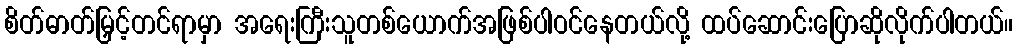
စိတ်ဓာတ်မြှင့်တင်ရာမှာ အရေးကြီးသူတစ်ယောက်အဖြစ်ပါဝင်နေတယ်လို့ ထပ်ဆောင်းပြောဆိုလိုက်ပါတယ်။